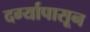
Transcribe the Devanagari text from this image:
दर्ग्यापासून